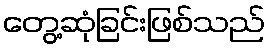
တွေ့ဆုံခြင်းဖြစ်သည်